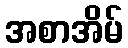
အစာအိမ်